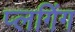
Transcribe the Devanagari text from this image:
प्लगिंग